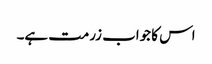
اس کا جواب زرمت ہے۔